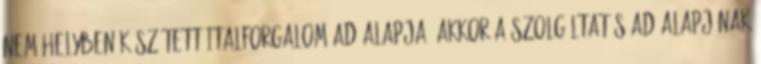
nem helyben készített italforgalom adóalapja, akkor a szolgáltatás adóalapjának